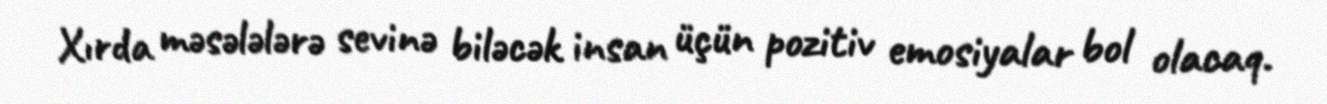
Xırda məsələlərə sevinə biləcək insan üçün pozitiv emosiyalar bol olacaq.